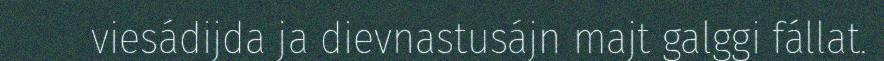
viesádijda ja dievnastusájn majt galggi fállat.